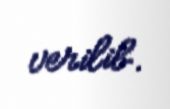
verilib.